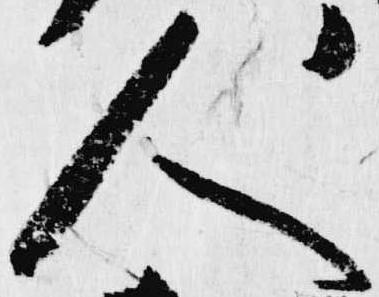
人